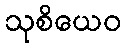
သုစိယေဝ